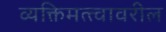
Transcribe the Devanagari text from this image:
व्यक्तिमत्त्वावरील